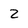
Character: 2